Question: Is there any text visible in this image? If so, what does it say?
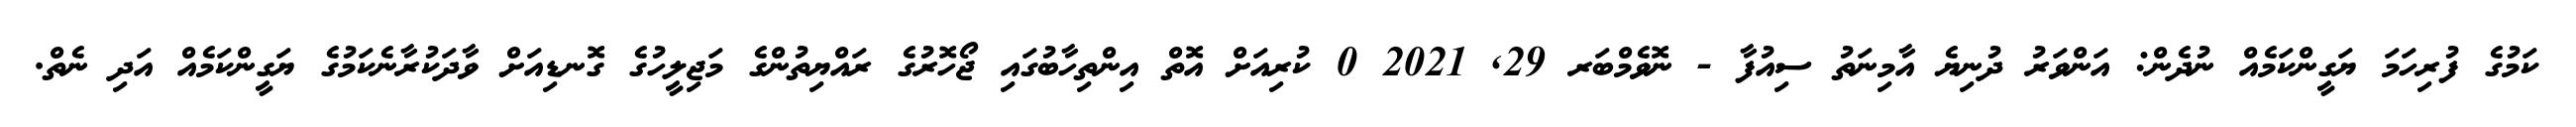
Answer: ކަމުގެ ފުރިހަމަ ޔަގީންކަމެއް ނުދެން: އަންވަރު ދުނިޔެ އާމިނަތު ސިއުފާ - ނޮވެމްބަރ 29, 2021 0 ކުރިއަށް އޮތް އިންތިހާބުގައި ޖޯހޮރުގެ ރައްޔިތުންގެ މަޖިލީހުގެ ގޮނޑިއަށް ވާދަކުރާނެކަމުގެ ޔަގީންކަމެއް އަދި ނެތް.